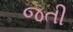
જતી